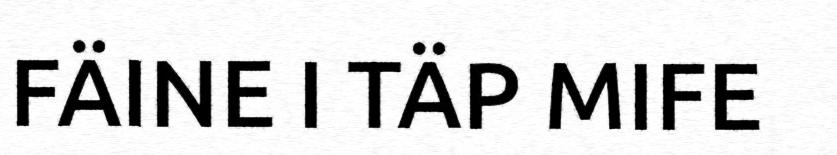
FÄINE I TÄP MIFE